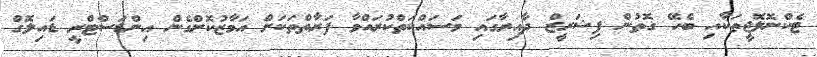
ޓެކްނޮލޮޖީތަކާއި ބެހޭ ގޮތުން ފިޝަރީޒް ދާއިރާގައި މަސައްކަތްކުރައްވާ ފަރާތްތަކަށް އަމާޒުކޮށްގެން އިންޑަސްޓްރީ ޑައިލޮގް